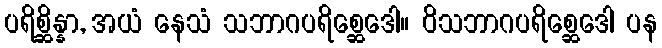
ပရိစ္ဆိန္နာ, အယံ နေသံ သဘာဂပရိစ္ဆေဒေါ။ ဝိသဘာဂပရိစ္ဆေဒေါ ပန